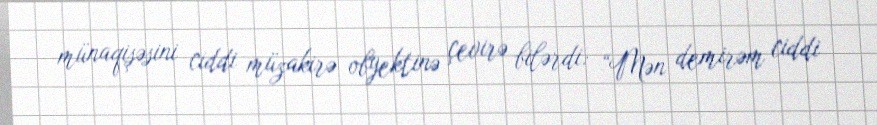
münaqişəsini ciddi müzakirə obyektinə çevirə bilərdi: “Mən demirəm ciddi